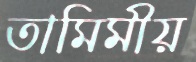
তামিমীয়